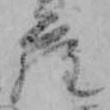
ら